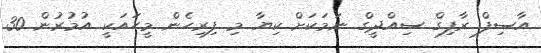
އާސިފް ރާފިގް ސިއްދީގް ނަމަކަށް ކިޔާ މި ފިރިހެން މީހައަކީ އުމުރުން 30